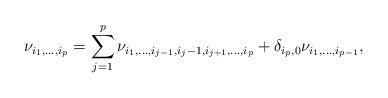
LaTeX: \begin{align*}\nu_{i_1,\dots,i_p}=\sum_{j=1}^{p}\nu_{i_1,\dots,i_{j-1},i_j-1,i_{j+1},\dots,i_{p}}+\delta_{i_p,0}\nu_{i_1,\dots,i_{p-1}},\end{align*}